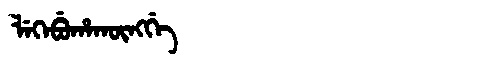
Manchu: ᠯᡝᡴᡝᠪᡠᡥᠠᡴᡡᠩᡤᡝ
Romanization: LEKEBUHAKŪNGGE